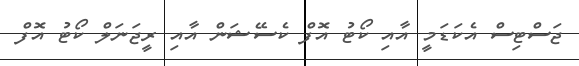
ޖަސްޓިސް އެކަޑަމީ އާއި ކޯޓު އޮފް ކެސޭޝަން އާއި ރީޖަނަލް ކޯޓު އޮފް